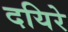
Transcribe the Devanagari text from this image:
दयिरे